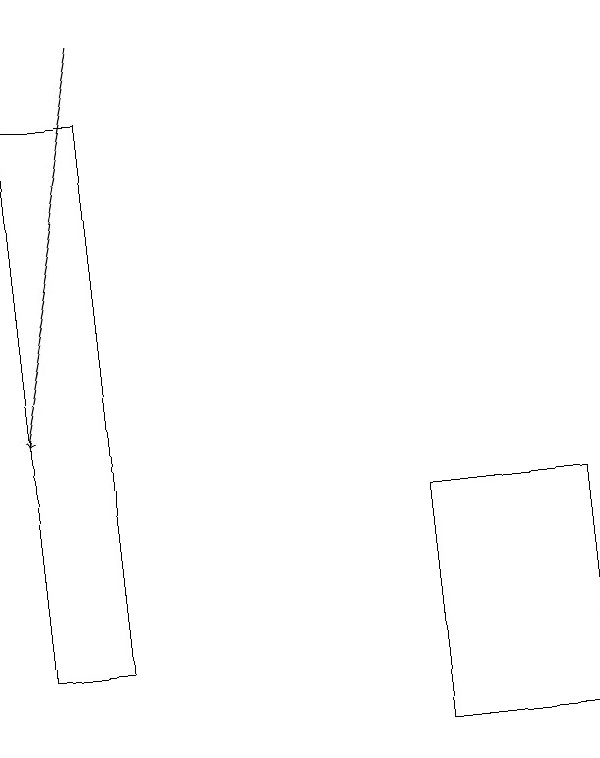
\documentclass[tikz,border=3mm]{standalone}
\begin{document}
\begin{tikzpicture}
\draw (6,13) rectangle (8,10);
\draw (2,18) rectangle (1,11);
\draw[->] (2,19) -- (1,14);
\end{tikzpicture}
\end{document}